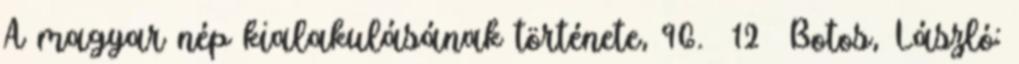
A magyar nép kialakulásának története, 96. 12 Botos, László: